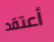
أعتقد